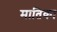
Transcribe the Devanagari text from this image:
मातिका